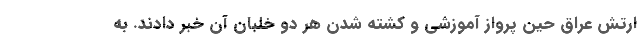
ارتش عراق حین پرواز آموزشی و کشته شدن هر دو خلبان آن خبر دادند. به